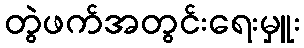
တွဲဖက်အတွင်းရေးမှူး